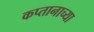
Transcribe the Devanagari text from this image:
कप्तानाच्या